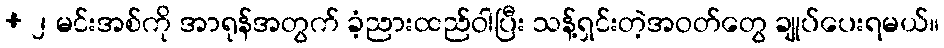
+ ၂ မင်းအစ်ကို အာရုန်အတွက် ခံ့ညားထည်ဝါပြီး သန့်ရှင်းတဲ့အဝတ်တွေ ချုပ်ပေးရမယ်။